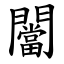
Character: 闣